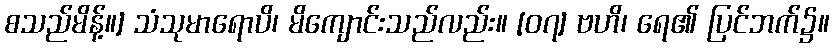
စသည်မိန့်။] သံသုမာရောပိ၊ မိကျောင်းသည်လည်း။ [၀၇] ဗဟိ၊ ရေ၏ ပြင်ဘက်၌။